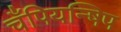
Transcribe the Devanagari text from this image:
चँपियन्षिप